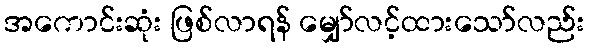
အကောင်းဆုံး ဖြစ်လာရန် မျှော်လင့်ထားသော်လည်း